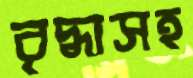
বৃদ্ধাসহ